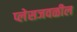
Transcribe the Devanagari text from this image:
प्लेसजवळील